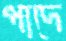
পাদে